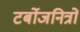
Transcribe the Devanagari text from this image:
टर्बोजनित्रों